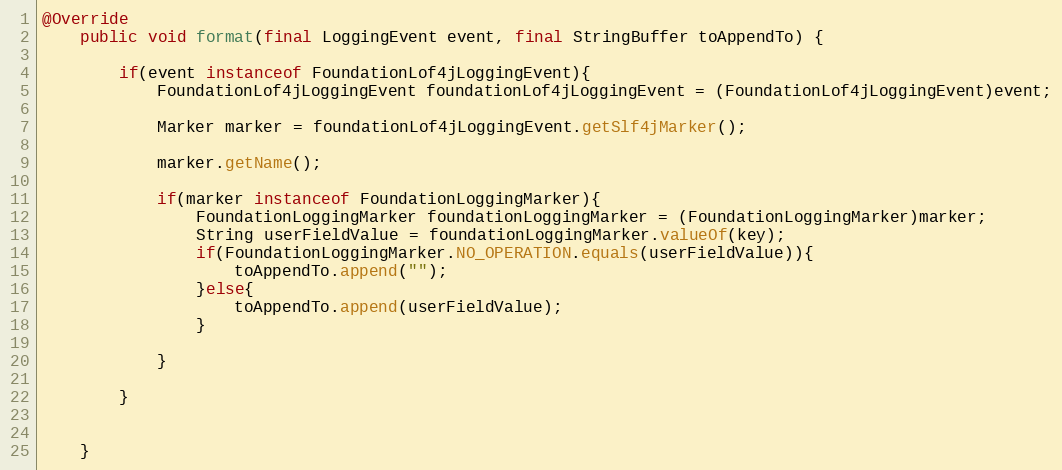
Language: Java
@Override
	public void format(final LoggingEvent event, final StringBuffer toAppendTo) {

		if(event instanceof FoundationLof4jLoggingEvent){
			FoundationLof4jLoggingEvent foundationLof4jLoggingEvent = (FoundationLof4jLoggingEvent)event;

			Marker marker = foundationLof4jLoggingEvent.getSlf4jMarker();

			marker.getName();

			if(marker instanceof FoundationLoggingMarker){
				FoundationLoggingMarker foundationLoggingMarker = (FoundationLoggingMarker)marker;
				String userFieldValue = foundationLoggingMarker.valueOf(key);
				if(FoundationLoggingMarker.NO_OPERATION.equals(userFieldValue)){
					toAppendTo.append("");
				}else{
					toAppendTo.append(userFieldValue);
				}

			}

		}

	}